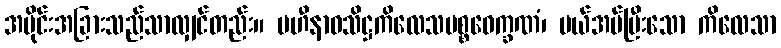
အပိုင်းအခြားသည်သာလျှင်တည်း။ ပဟီနာဝသိဋ္ဌကိလေသပစ္စဝေက္ခဏံ၊ ပယ်အပ်ပြီးသော ကိလေသာ